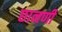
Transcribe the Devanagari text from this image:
छानणी